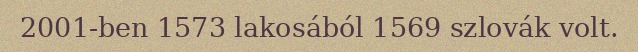
2001-ben 1573 lakosából 1569 szlovák volt.